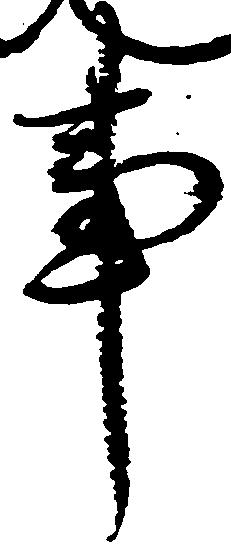
事